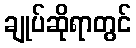
ချုပ်ဆိုရာတွင်